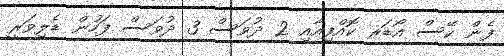
ފެން ކޭސް އޯޑަރ ކޮއްފިއާއި 2 ދުވަސް 3 ދުވަސް ފަހުން ޑެލިވަރީ